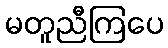
မတူညီကြပေ